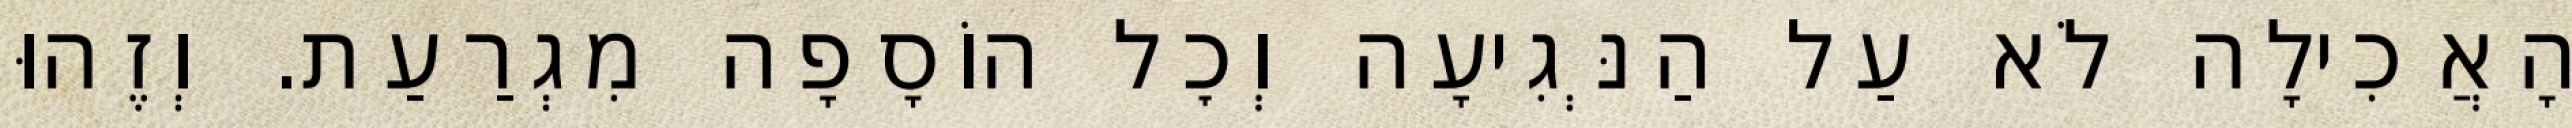
הָאֲכִילָה לֹא עַל הַנְּגִיעָה וְכׇל הוֹסָפָה מִגְרַעַת. וְזֶהוּ